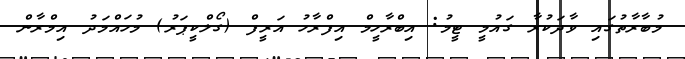
މުބާރާތުގައި ވާދަކުރާ ގައުމީ ޓީމު: އިބްރާހީމް އިފްރާހު އަރީފް (ގޯލްކީޕަރު) މުހައްމަދު އިމްރާން